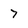
Character: 7